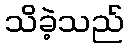
သိခဲ့သည်